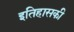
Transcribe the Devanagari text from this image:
इतिहासकी